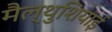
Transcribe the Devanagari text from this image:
मैल्थुशियाई